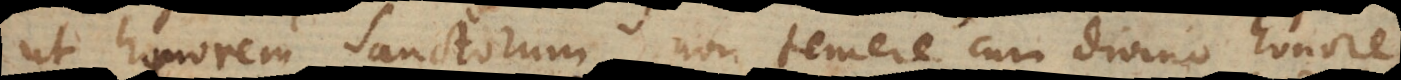
ut honorem Sanctorum non temere cum divino honore